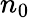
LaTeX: n_{\mathrm{0}}